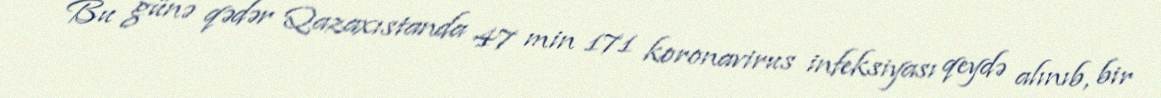
Bu günə qədər Qazaxıstanda 47 min 171 koronavirus infeksiyası qeydə alınıb, bir